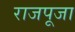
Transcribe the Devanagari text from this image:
राजपूजा